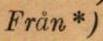
Från*)